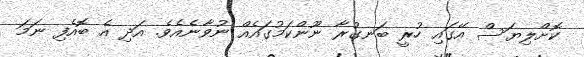
ކޮށްލިޔަސް އޭގައި ހުރީ ބަނގުރާ ނޫންކަމުގައެއް ނުވާނެއެވެ. އަދި އެ ބޮއެފި ނަމަ